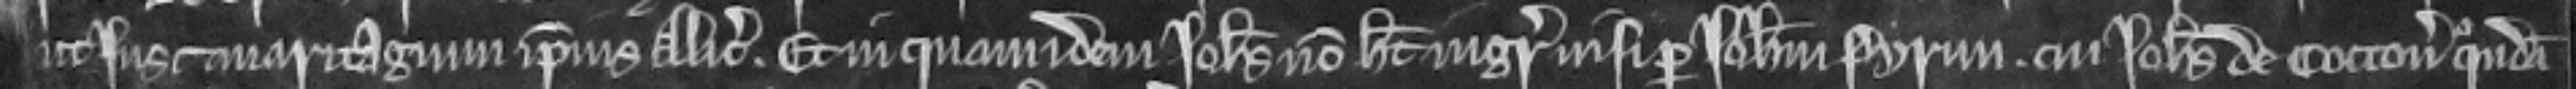
ut jus et maritagium ipsius Alicie. Et in quam idem Johannes non habet ingressum nisi per Johannem Pyrun cui Johannes de Cotton quondam